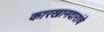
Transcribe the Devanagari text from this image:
कारखानदारांचे